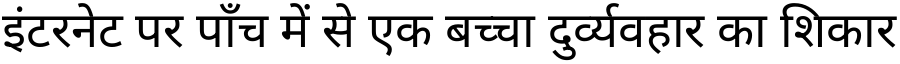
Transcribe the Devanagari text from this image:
इंटरनेट पर पाँच में से एक बच्चा दुर्व्यवहार का शिकार